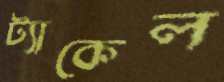
ট্যাকেল